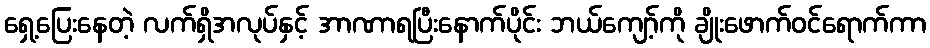
ရှေ့ပြေးနေတဲ့ လက်ရှိအလုပ်နှင့် အာဏာရပြီးနောက်ပိုင်း ဘယ်ကျော့်ကို ချိုးဖောက်ဝင်ရောက်ကာ